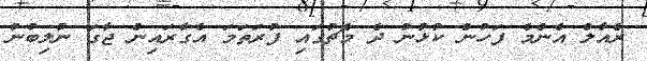
ރެއާލް އެންމެ ފަހުން ކުޅުނު ދެ މެޗުގައި ފުރަތަމަ އެގާރައިން ޖާގަ ނުލިބުނު